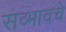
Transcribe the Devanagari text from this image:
सव्भावचे